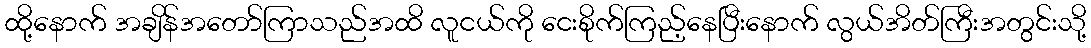
ထို့နောက် အချိန်အတော်ကြာသည်အထိ လူငယ်ကို ငေးစိုက်ကြည့်နေပြီးနောက် လွယ်အိတ်ကြီးအတွင်းသို့